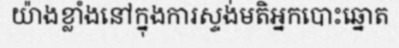
យ៉ាងខ្លាំងនៅក្នុងការស្ទង់មតិអ្នកបោះឆ្នោត